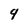
Character: 9